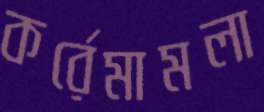
কর্রেমামলা